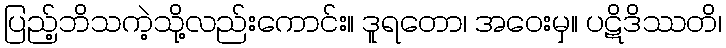
ပြည့်ဘိသကဲ့သို့လည်းကောင်း။ ဒူရတော၊ အဝေးမှ။ ပဋိဒိဿတိ၊